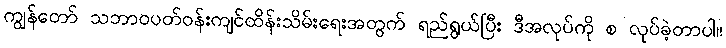
ကျွန်တော် သဘာဝပတ်ဝန်းကျင်ထိန်းသိမ်းရေးအတွက် ရည်ရွယ်ပြီး ဒီအလုပ်ကို စ လုပ်ခဲ့တာပါ။